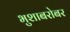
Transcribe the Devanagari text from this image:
भुशाबरोबर